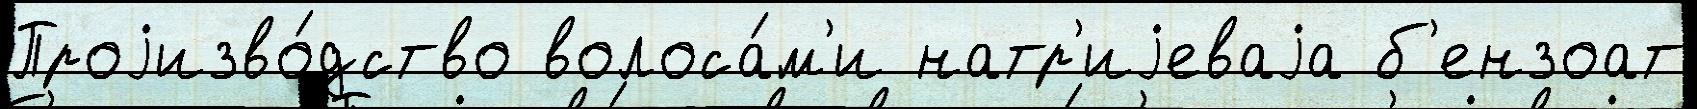
Проjизво́дство волоса́м'и натр'иjеваjа б'ензоат